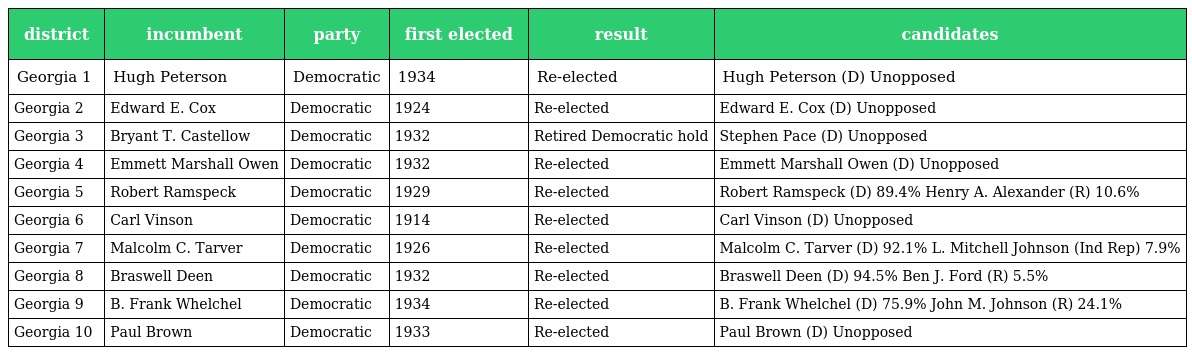
| district | incumbent | party | first elected | result | candidates |
 | --- | --- | --- | --- | --- | --- |
 | Georgia 1 | Hugh Peterson | Democratic | 1934 | Re-elected | Hugh Peterson (D) Unopposed |
 | Georgia 2 | Edward E. Cox | Democratic | 1924 | Re-elected | Edward E. Cox (D) Unopposed |
 | Georgia 3 | Bryant T. Castellow | Democratic | 1932 | Retired Democratic hold | Stephen Pace (D) Unopposed |
 | Georgia 4 | Emmett Marshall Owen | Democratic | 1932 | Re-elected | Emmett Marshall Owen (D) Unopposed |
 | Georgia 5 | Robert Ramspeck | Democratic | 1929 | Re-elected | Robert Ramspeck (D) 89.4% Henry A. Alexander (R) 10.6% |
 | Georgia 6 | Carl Vinson | Democratic | 1914 | Re-elected | Carl Vinson (D) Unopposed |
 | Georgia 7 | Malcolm C. Tarver | Democratic | 1926 | Re-elected | Malcolm C. Tarver (D) 92.1% L. Mitchell Johnson (Ind Rep) 7.9% |
 | Georgia 8 | Braswell Deen | Democratic | 1932 | Re-elected | Braswell Deen (D) 94.5% Ben J. Ford (R) 5.5% |
 | Georgia 9 | B. Frank Whelchel | Democratic | 1934 | Re-elected | B. Frank Whelchel (D) 75.9% John M. Johnson (R) 24.1% |
 | Georgia 10 | Paul Brown | Democratic | 1933 | Re-elected | Paul Brown (D) Unopposed |